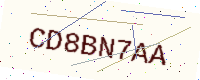
Text: CD8BN7AA